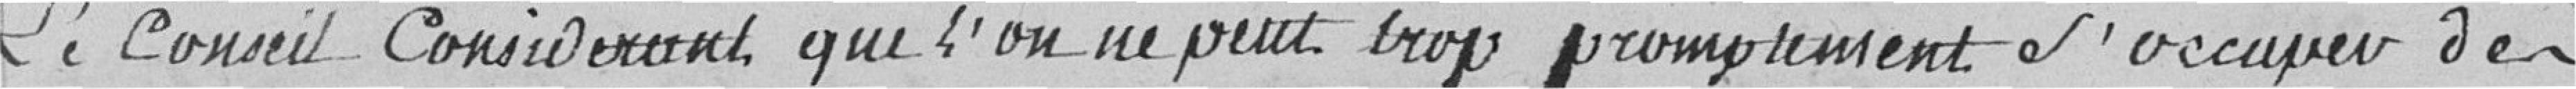
Le Conseil considérant que l'on ne peut trop promptement S'occuper des